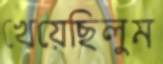
খেয়েছিলুম